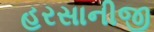
હરસાનીજી